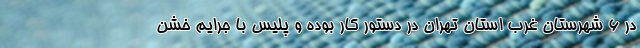
در ۶ شهرستان غرب استان تهران در دستور کار بوده و پلیس با جرایم خشن